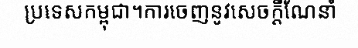
ប្រទេសកម្ពុជា។ការចេញនូវសេចក្តីណែនាំ